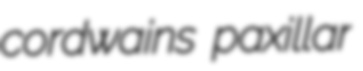
cordwains paxillar